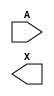
module sky130_fd_sc_hd__dlygate4sd2 (
    //# {{data|Data Signals}}
    input  A,
    output X
);

    // Voltage supply signals
    supply1 VPWR;
    supply0 VGND;
    supply1 VPB ;
    supply0 VNB ;

endmodule